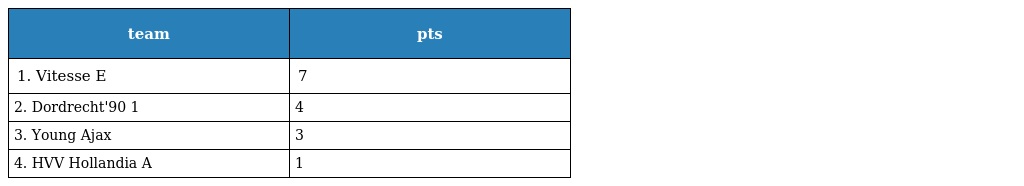
| team | pts |
 | --- | --- |
 | 1. Vitesse E | 7 |
 | 2. Dordrecht'90 1 | 4 |
 | 3. Young Ajax | 3 |
 | 4. HVV Hollandia A | 1 |